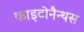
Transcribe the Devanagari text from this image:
काइटोनैन्थस